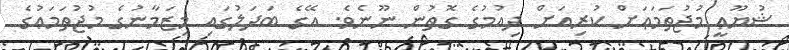
ޝުޔޫޢީ މުޖުތަމަޢަށް ކުރިއަށް ދިއުމުގެ ގޮތުން ނޫނެވެ. އޭގެ ބަދަލުގައި މިޒަމާނުގެ މުޖުތަމަޢުގެ